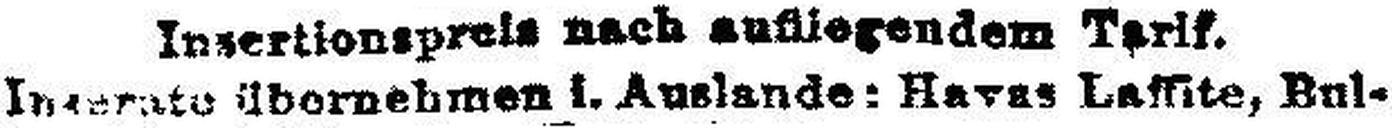
Inserate übernehmen i. Auslande: Havas Laffite, Bul¬